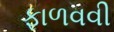
ફાળવવી